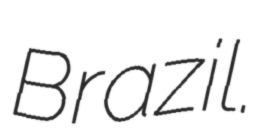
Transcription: Brazil.